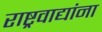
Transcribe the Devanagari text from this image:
राष्ट्रवाद्यांना